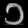
Digit: ၁